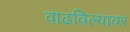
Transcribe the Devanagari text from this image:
वाढविल्यावर